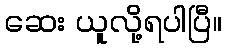
ဆေး ယူလို့ရပါပြီ။